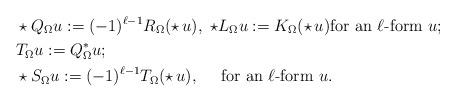
LaTeX: \begin{align*}&\star Q_\Omega u:=(-1)^{\ell-1}R_\Omega(\star\,u),\ \star L_\Omega u:=K_\Omega(\star\,u)\mbox{for an $\ell$-form }u;\\&T_\Omega u:=Q_\Omega^*u;\\&\star S_\Omega u:=(-1)^{\ell-1}T_\Omega(\star\,u),\ \quad\mbox{for an $\ell$-form }u.\end{align*}